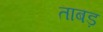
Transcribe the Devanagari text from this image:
ताबड़